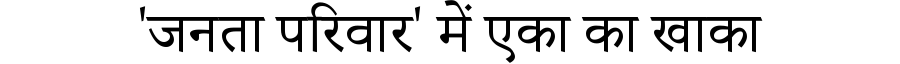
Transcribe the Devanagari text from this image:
'जनता परिवार' में एका का खाका